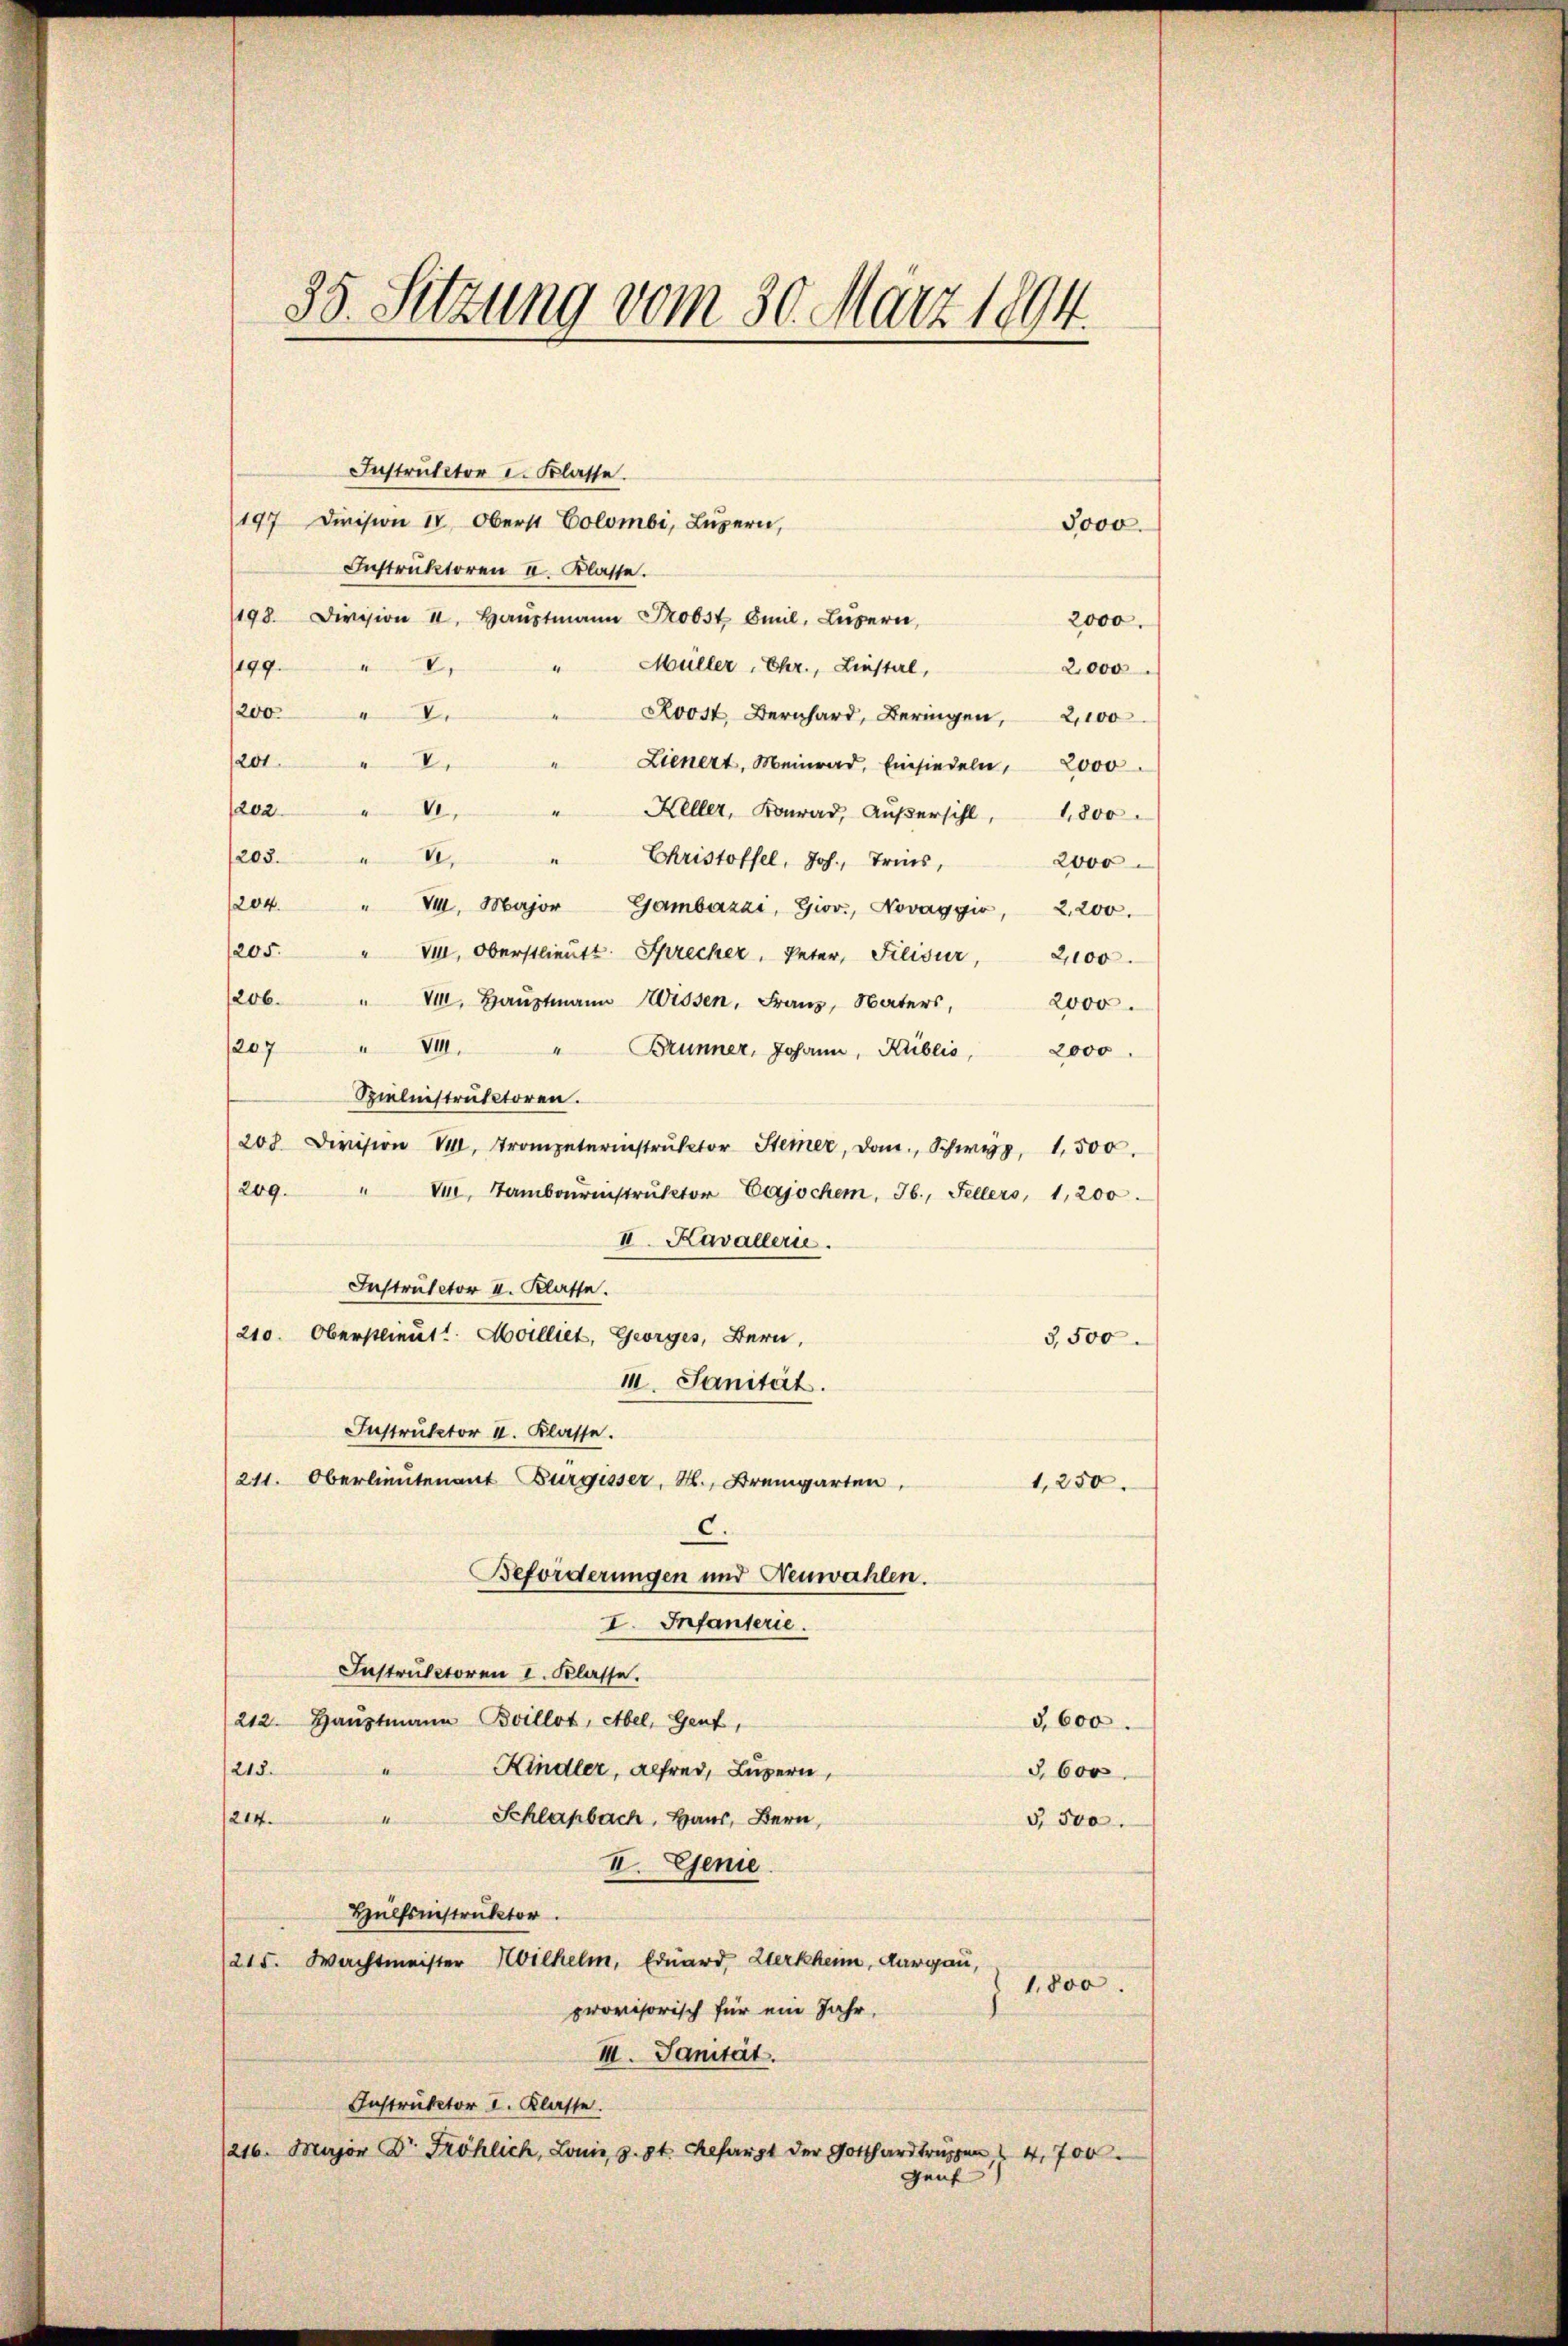
35. Setzung vom 30. März 1894.

Instruktor I. Klasse.
197 Division IV. Oberst Colombi, Luzern,
Instruktoren u. Klasse.
198. Division I. Haŭptmann Probst Emil, Luzern,
Müller, Ehr., Liestel,
V.
199.
200. I.
Roost Bernhard, Beringen, 2100
200
Lienert, Meinrad, Einsiedeln, 2000.
1202.
VI.
Keller, Konrad, Außersihl, 1800
208. V.
Christoffel, Joh., Tries,
“
204. " VI. Major Gambarzai, Giov., Novaggio, 2200.
/205. " V. Oberstlieutt Sprecher, Peter, Filisur, 2100.
206. " VIII. Haŭptmann Wissen, Franz, Naters, 2000.
/207 " VIII. " Brunner, Johann, Küblis, 2000
Spieleistruktoren.
208. Division M. Trompeterinstrŭktor Steier, Dom. Schwyz, 1,500.
209. " VI, Tamboŭrinstrŭktor Cajochen, 36, Fellers, 1,200.
II. Kavallerie.
Instructor II. Klasse.
210. Oberstlieut. Milliet, Georges, Bern,
3,500
III. Sanität.
Instruktor II. Klasse.
211. Oberlieutenant Burgisser, M. Bremgarten,
1,250.
c.
Beförderungen und Neuwahlen.
I. Infanterie.
Instruktoren I. Klasse.
212. Haŭptmann Boillot, Abel, Genf,
3,600.
Kindler, alfred, Luzern,
215.
§ 600
Schlagbach, Haus, Bern,
1214.
§. 500.
II. Genie
Hülfsnistruktor.
/215. Wachtmeister Wilhelm, Eduard, Werkheim, Aargau,
1,800.
provisorisch für ein Jahr,
III. Sanität.
Instruktor I. Klasse.
(216. Major Dr. Fröhlich, Loni, d. 8t. Refarzt der Gotthardtruppen 14,700
Genf

2000.
2,000
2000

3000.